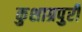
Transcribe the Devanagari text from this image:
कुशाग्रपुरी